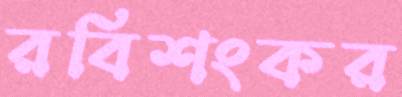
রবিশংকর